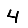
Digit: 4